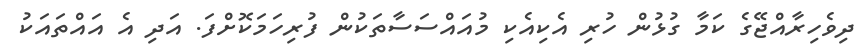
ދިވެހިރާއްޖޭގެ ކަމާ ގުޅުން ހުރި އެކިއެކި މުއައްސަސާތަކުން ފުރިހަމަކޮށްފަ. އަދި އެ އައްތައަކު